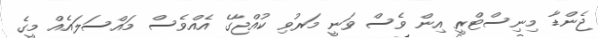
ޖެންޑާ މިނިސްޓްރީ އިން ވެސް ވަނީ މަރުވި ކުއްޖާގެ އެއްވެސް މައްސަލައެއް މީގެ